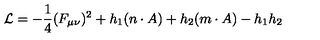
{ \cal L } = - \frac { 1 } { 4 } ( F _ { \mu \nu } ) ^ { 2 } + h _ { 1 } ( n \cdot A ) + h _ { 2 } ( m \cdot A ) - h _ { 1 } h _ { 2 }